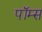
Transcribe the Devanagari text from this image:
पॉम्स